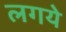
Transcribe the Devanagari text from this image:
लगये